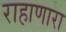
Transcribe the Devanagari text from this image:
राहाणारा